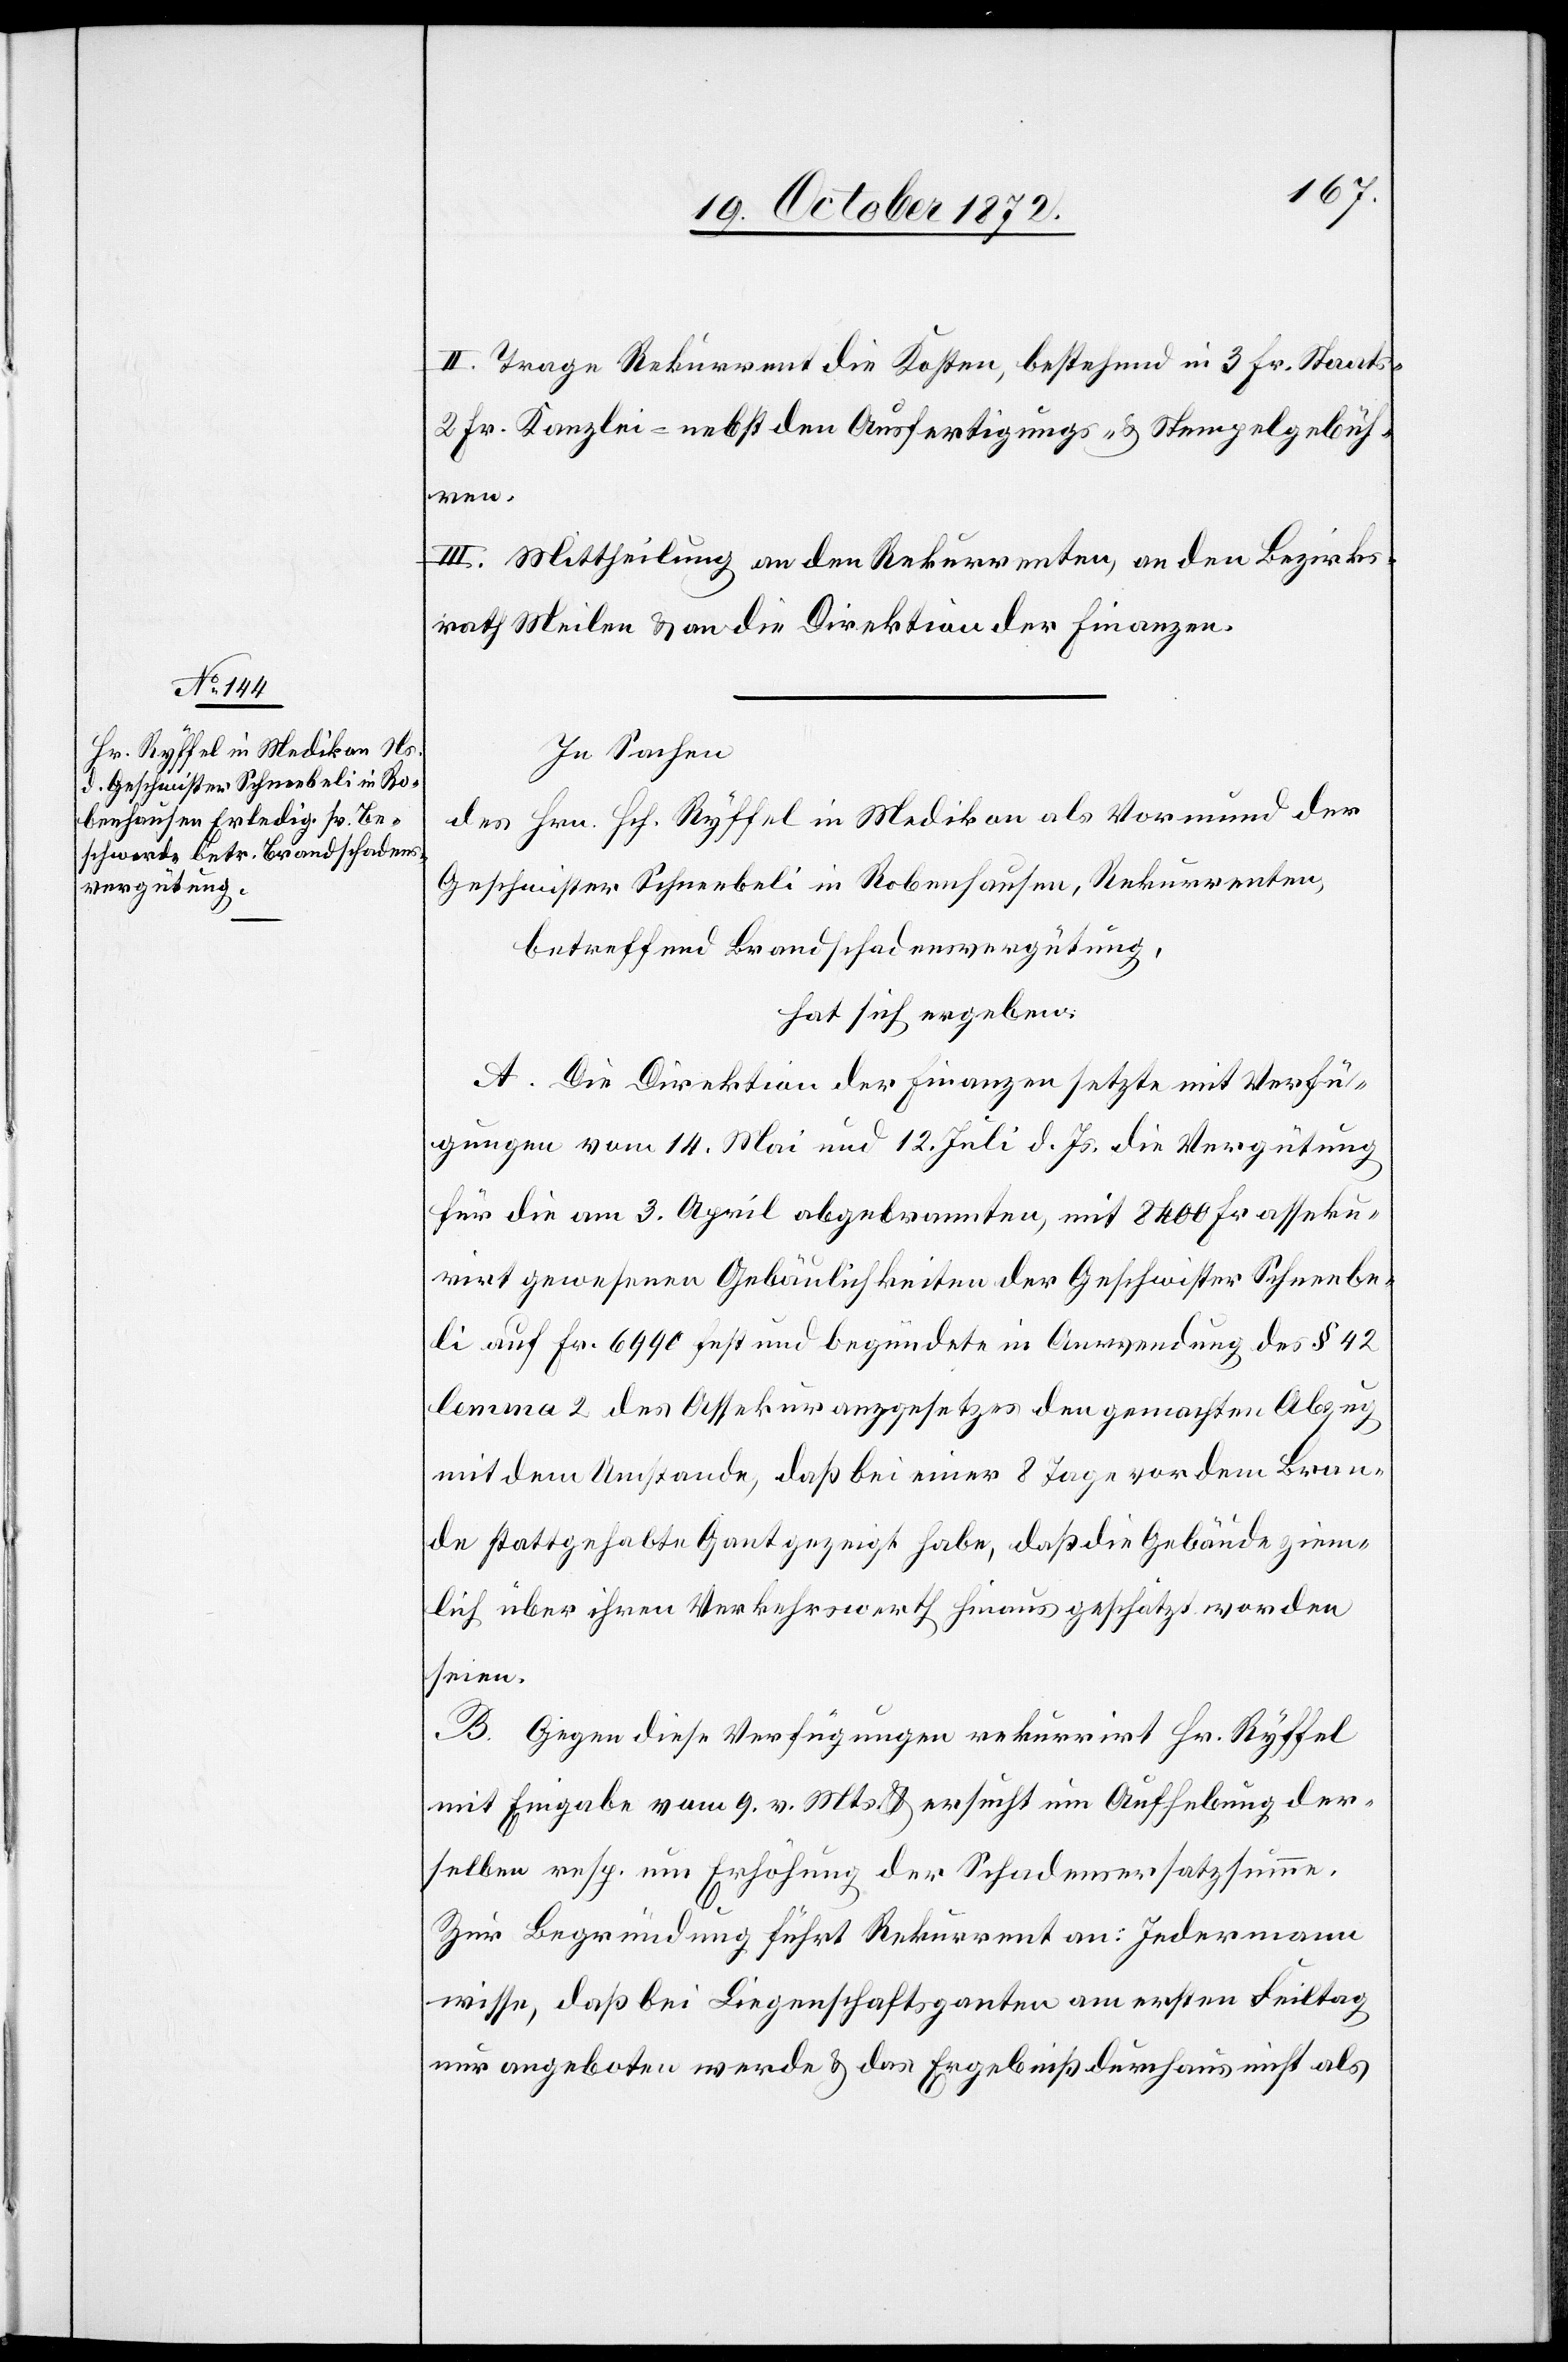
II. Trage Rekurrent die Kosten, bestehend in 3 Fr. Staats-
2 Fr. Kanzlei- nebst den Ausfertigungs- u. Stempelgebüh¬
ren.
III. Mittheilung an den Rekurrenten, an den Bezirks¬
rath Meilen u. an die Direktion der Finanzen.
In Sachen
des Hrn. Hch. Ryffel in Medikon als Vormund der
Geschwister Schneebeli in Robenhausen, Rekurrenten,
betreffend Brandschadensvergütung,
hat sich ergeben:
A. Die Direktion der Finanzen setzte mit Verfü¬
gungen vom 14. Mai und 12. Juli d. Js. die Vergütung
für die am 3. April abgebrannten, mit 8400 Fr. asseku¬
rirt gewesenen Gebäulichkeiten der Geschwister Schneebe¬
li auf Fr. 6990 fest und beg[r]ündete in Anwendung des § 42
lemma 2 des Assekuranzgesetzes den gemachten Abzug
mit dem Umstande, daß bei einer 8 Tage vor dem Bran¬
de stattgehabte Gant gezeigt habe, daß die Gebäude ziem¬
lich über ihren Verkehrswerth hinaus geschätzt worden
seien.
B. Gegen diese Verfügungen rekurrirt Hr. Ryffel
mit Eingabe vom 9. v. Mts. u. ersucht um Aufhebung der¬
selben resp. um Erhöhung der Schadensersatzsumme.
Zur Begründung führt Rekurrent an: Jedermann
wisse, daß bei Liegenschaftsganten am ersten Feiltag
nur angeboten werde u. das Ergebniß durchaus nicht als